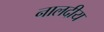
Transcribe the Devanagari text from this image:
नालदीय